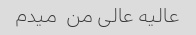
عالیه عالی من  میدم